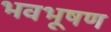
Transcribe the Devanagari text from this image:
भवभूषण